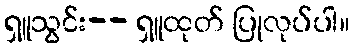
ရှူသွင်း-- ရှူထုတ် ပြုလုပ်ပါ။